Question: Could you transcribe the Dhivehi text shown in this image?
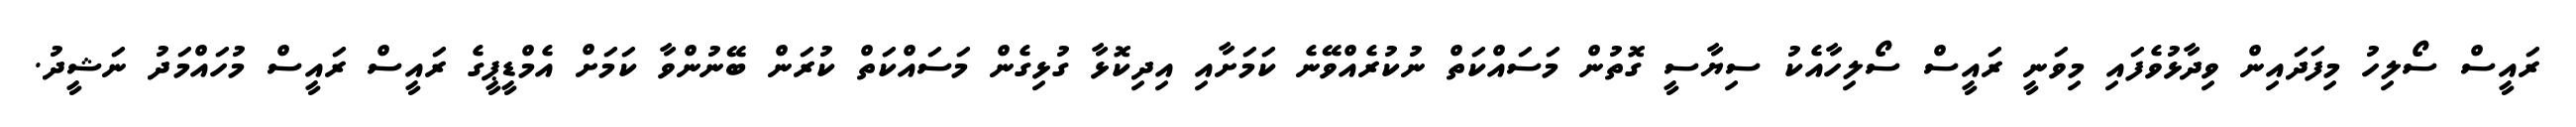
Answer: ރައީސް ސޯލިހު މިފަދައިން ވިދާޅުވެފައި މިވަނީ ރައީސް ސޯލިހާއެކު ސިޔާސީ ގޮތުން މަސައްކަތް ނުކުރެއްވޭނެ ކަމަށާއި އިދިކޮޅާ ގުޅިގެން މަސައްކަތް ކުރަން ބޭނުންވާ ކަމަށް އެމްޑީޕީގެ ރައީސް ރައީސް މުހައްމަދު ނަޝީދު.